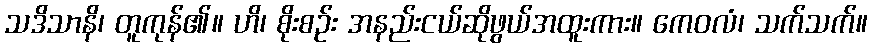
သဒိသာနိ၊ တူကုန်၏။ ဟိ၊ စိုးစဉ်း အနည်းငယ်ဆိုဖွယ်အထူးကား။ ကေဝလံ၊ သက်သက်။